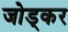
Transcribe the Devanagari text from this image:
जोड्कर